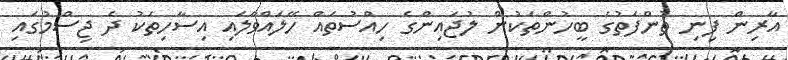
އާރިން ފިނި ތުންފަތުގެ ބީހުންތަކުން ލުޖައިންގެ ހިއްސުތައް ހޭލައްވާލައި އިސާހިތަކު ދެ ޖިސްމުގައި